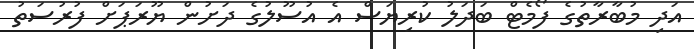
އަދި މުބާރާތުގެ ފޯމެޓް ބަދަލު ކުރިޔަސް އެ އުސޫލުގެ ދަށުން ޔޫރަޕަށް ފުރުސަތު